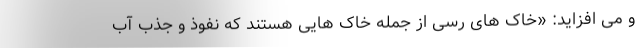
و می افزاید: «خاک های رسی از جمله خاک هایی هستند که نفوذ و جذب آب